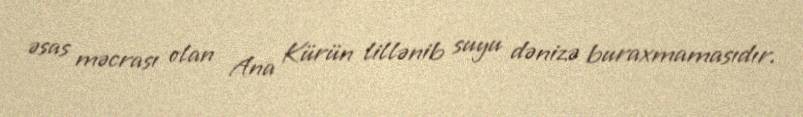
əsas məcrası olan Ana Kürün lillənib suyu dənizə buraxmamasıdır.